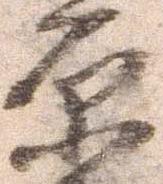
原